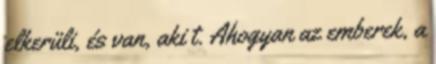
elkerüli, és van, aki t. Ahogyan az emberek, a